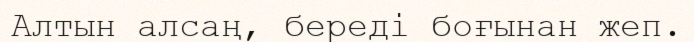
Алтын алсаң, береді боғынан жеп.